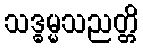
သဒ္ဓမ္မသညတ္တိ